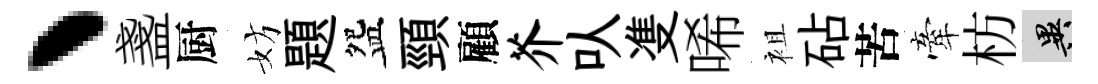
丶盞厨妨題盌頸顧芥㕥㕠唏袓砧苦牽枋异